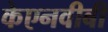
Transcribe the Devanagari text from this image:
केएनवीबी